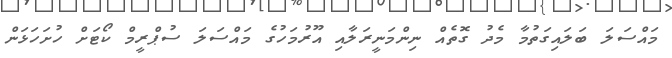
މައްސަލަ ބަލައިގަތުމާ މެދު ގޮތެއް ނިންމަނީރަލާއި އޫރުމަހުގެ މައްސަލަ ސުޕްރީމް ކޯޓަށް ހުށަހަޅަން